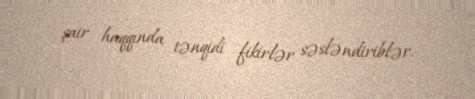
şair haqqında tənqidi fikirlər səsləndiriblər.